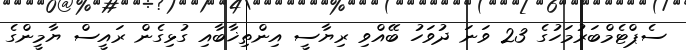
ސެޕްޓެމްބަރުމަހުގެ 23 ވަނަ ދުވަހު ބޭއްވި ރިޔާސީ އިންތިޚާބާއި ގުޅިގެން ރައީސް ޔާމީންގެ